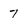
Character: 7